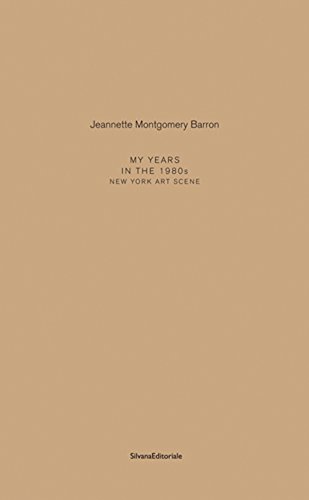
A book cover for Jeannette Montgomery Barron: My Years in the 1980s: New York Art Scene; Jeannette Montgomery Barron; Arts & Photography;